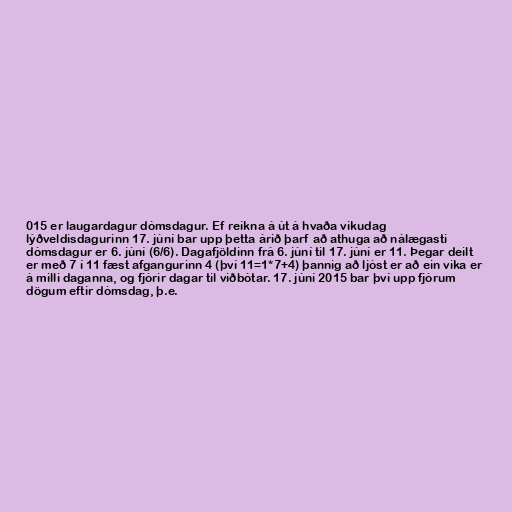
015 er laugardagur dómsdagur. Ef reikna á út á hvaða vikudag
lýðveldisdagurinn 17. júní bar upp þetta árið þarf að athuga að nálægasti
dómsdagur er 6. júní (6/6). Dagafjöldinn frá 6. júní til 17. júní er 11. Þegar deilt
er með 7 í 11 fæst afgangurinn 4 (því 11=1*7+4) þannig að ljóst er að ein vika er
á milli daganna, og fjórir dagar til viðbótar. 17. júní 2015 bar því upp fjórum
dögum eftir dómsdag, þ.e.